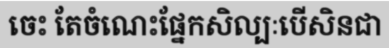
ចេះ តែចំណេះផ្នែកសិល្បៈបើសិនជា